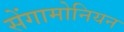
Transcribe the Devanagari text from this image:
सेंगामोनियन